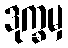
ဒုက္ခမှ